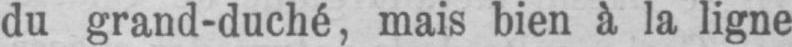
du grand-duché, mais bien à la ligne